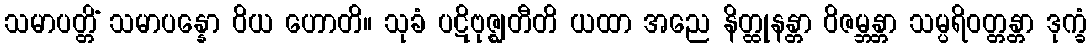
သမာပတ္တိံ သမာပန္နော ဝိယ ဟောတိ။ သုခံ ပဋိဗုဇ္ဈတီတိ ယထာ အညေ နိတ္ထုနန္တာ ဝိဇမ္ဘန္တာ သမ္ပရိဝတ္တန္တာ ဒုက္ခံ